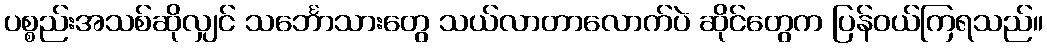
ပစ္စည်းအသစ်ဆိုလျှင် သင်္ဘောသားတွေ သယ်လာတာလောက်ပဲ ဆိုင်တွေက ပြန်ဝယ်ကြရသည်။